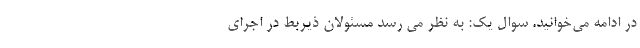
در ادامه می‌خوانید. سوال یک: به نظر می رسد مسئولان ذیربط در اجرای